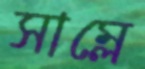
সাম্‌লে